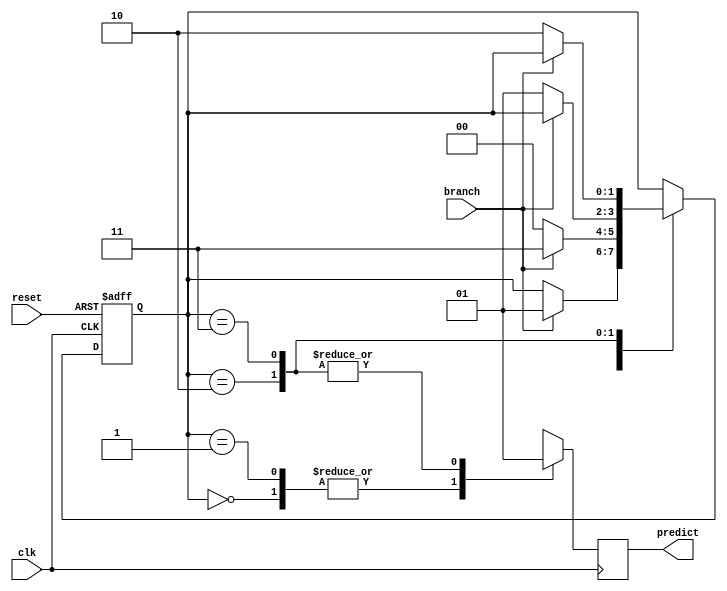
module Branch_Predictor 
(
  input wire clk,
  input wire reset,
  input wire branch,
  output reg predict
);

  reg [1:0] state;        // 2-bit dyanamic state variable

  always @(posedge clk or posedge reset) begin
    if (reset) begin
        state <= 2'b00;    // Reset state to 'Strongly Not Taken'
      end else begin

      case (state)
        2'b00: begin         // Strongly Not Taken
          if (branch) begin
            state <= 2'b01;  // Move to 'Weakly Not Taken' state
          end
        end
        2'b01: begin         // Weakly Not Taken
          if (branch) begin
            state <= 2'b11;  // Move to 'Weakly Taken' state
          end else begin
            state <= 2'b00;  // Move back to 'Strongly Not Taken' state
          end
        end
        2'b10: begin     // Weakly Taken
          if (!branch) begin
            state <= 2'b01;  // Move to 'Weakly Not Taken' state
          end
        end
        2'b11: begin     // Strongly Taken
          if (!branch) begin
            state <= 2'b10;  // Move to 'Weakly Taken' state
          end
        end
      endcase
      
    end
  end

  always @(posedge clk) begin
    // Make a prediction based on the current state
    case (state)
      2'b00, 2'b01: predict <= 0;   // Predict 'Not Taken'
      2'b10, 2'b11: predict <= 1;   // Predict 'Taken'
    endcase
  end

endmodule